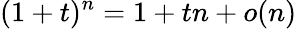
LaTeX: (1+t)^{n}=1+tn+o(n)